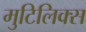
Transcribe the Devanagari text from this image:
मुटिलिक्स